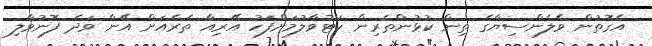
އެގޮތުން ވެލެންސިޔާގެ ތިން ކުޅުންތެރިން ކަޓުވާލުމަށްފަހު އޭރިއާ ތެރެއަށް އޭނާ ވަދެ ފޮނުވާލި